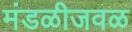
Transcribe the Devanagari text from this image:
मंडळीजवळ